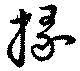
掾